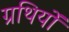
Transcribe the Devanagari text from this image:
ग्रथियों